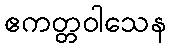
ဧကတ္တဝါသေန